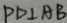
P D \bot A B